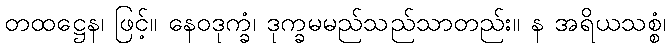
တထဋ္ဌေန၊ ဖြင့်။ နေဝဒုက္ခံ၊ ဒုက္ခမမည်သည်သာတည်း။ န အရိယသစ္စံ၊